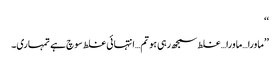
‘‘
’’ماورا…ماورا…غلط سمجھ رہی ہو تم…انتہائی غلط سوچ ہے تمہاری۔